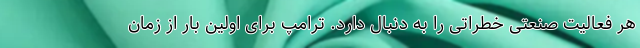
هر فعالیت صنعتی خطراتی را به دنبال دارد. ترامپ برای اولین بار از زمان